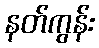
နတ်ကွန်း